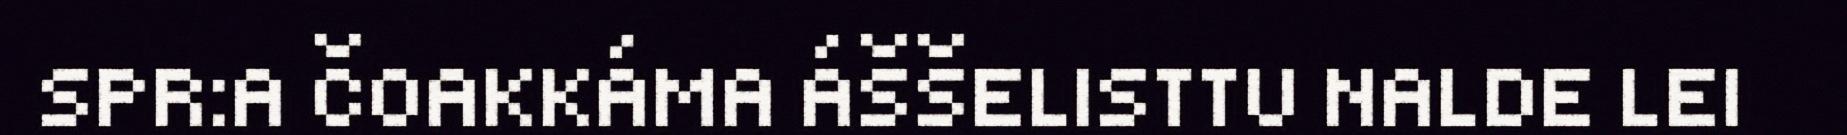
SPR:A ČOAKKÁMA ÁŠŠELISTTU NALDE LEI